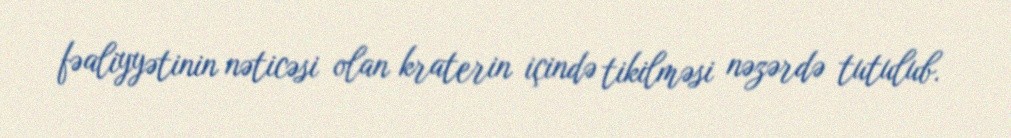
fəaliyyətinin nəticəsi olan kraterin içində tikilməsi nəzərdə tutulub.